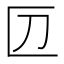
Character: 𠥭